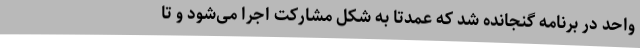
واحد در برنامه گنجانده شد که عمدتا به شکل مشارکت اجرا می‌شود و تا